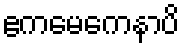
ဧကမေကေနာပိ